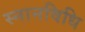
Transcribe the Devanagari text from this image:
स्नानविधि